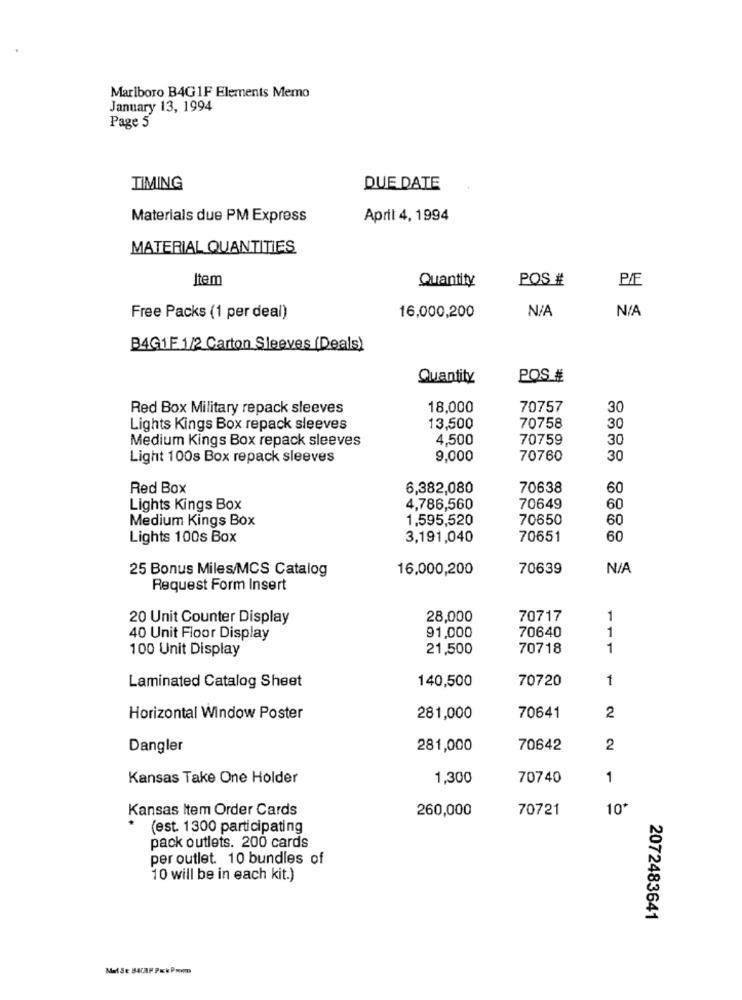
Marlboro B4G1F Elements Memo
January 13, 1994
Page 5
TIMING
DUE DATE
Materials due PM Express
April 4, 1994
MATERIAL QUANTITIES
Item
Quantity
POS #
Free Packs (1 per deal)
16,000,200
B4G1F 1/2 Carton Sleeves (Deals)
Quantity
POS #
Red Box Military repack sleeves
18,000
70757
30
Lights Kings Box repack sleeves
13,500
70758
30
Medium Kings Box repack sleeves
4,500
70759
30
Light 100s Box repack sleeves
9,000
70760
30
Red Box
6,382,080
70638
60
Lights Kings Box
4,786,560
70649
60
Medium Kings Box
1,595,520
70650
60
Lights 100s Box
3,191,040
70651
60
25 Bonus Miles/MCS Catalog
16,000,200
70639
Request Form Insert
20 Unit Counter Display
28,000
70717
1
1
40 Unit Floor Display
91,000
70640
100 Unit Display
21,500
70718
1
140,500
70720
1
Laminated Catalog Sheet
Horizontal Window Poster
281,000
70641
2
Dangler
281,000
70642
2
Kansas Take One Holder
1,300
70740
1
Kansas Item Order Cards
260,000
70721
10
(est. 1300 participating
pack outlets. 200 cards
per outlet. 10 bundles of
10 will be in each kit.)
2072483641